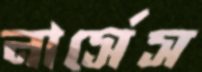
নার্সেস